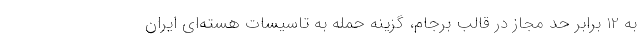
به 12 برابر حد مجاز در قالب برجام، گزینه حمله به تاسیسات هسته‌ای ایران